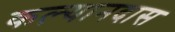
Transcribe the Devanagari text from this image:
कल्यानदास